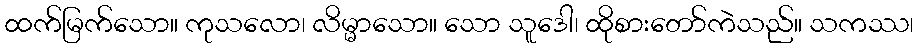
ထက်မြက်သော။ ကုသလော၊ လိမ္မာသော။ သော သူဒေါ၊ ထိုစားတော်ကဲသည်။ သကဿ၊